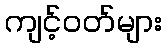
ကျင့်ဝတ်များ